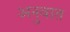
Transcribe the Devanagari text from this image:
अनुवात